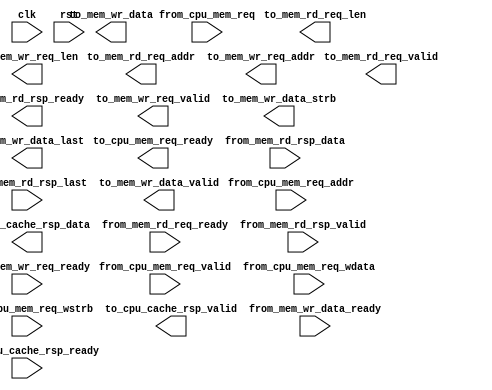
`timescale 10ns / 1ns

`define CACHE_SET	8
`define CACHE_WAY	4
`define TAG_LEN		24
`define LINE_LEN	256

module dcache_top (
	input	      clk,
	input	      rst,
  
	//CPU interface
	/** CPU memory/IO access request to Cache: valid signal */
	input         from_cpu_mem_req_valid,
	/** CPU memory/IO access request to Cache: 0 for read; 1 for write (when req_valid is high) */
	input         from_cpu_mem_req,
	/** CPU memory/IO access request to Cache: address (4 byte alignment) */
	input  [31:0] from_cpu_mem_req_addr,
	/** CPU memory/IO access request to Cache: 32-bit write data */
	input  [31:0] from_cpu_mem_req_wdata,
	/** CPU memory/IO access request to Cache: 4-bit write strobe */
	input  [ 3:0] from_cpu_mem_req_wstrb,
	/** Acknowledgement from Cache: ready to receive CPU memory access request */
	output        to_cpu_mem_req_ready,
		
	/** Cache responses to CPU: valid signal */
	output        to_cpu_cache_rsp_valid,
	/** Cache responses to CPU: 32-bit read data */
	output [31:0] to_cpu_cache_rsp_data,
	/** Acknowledgement from CPU: Ready to receive read data */
	input         from_cpu_cache_rsp_ready,
		
	//Memory/IO read interface
	/** Cache sending memory/IO read request: valid signal */
	output        to_mem_rd_req_valid,
	/** Cache sending memory read request: address
	  * 4 byte alignment for I/O read 
	  * 32 byte alignment for cache read miss */
	output [31:0] to_mem_rd_req_addr,
        /** Cache sending memory read request: burst length
	  * 0 for I/O read (read only one data beat)
	  * 7 for cache read miss (read eight data beats) */
	output [ 7:0] to_mem_rd_req_len,
        /** Acknowledgement from memory: ready to receive memory read request */
	input	      from_mem_rd_req_ready,

	/** Memory return read data: valid signal of one data beat */
	input	      from_mem_rd_rsp_valid,
	/** Memory return read data: 32-bit one data beat */
	input  [31:0] from_mem_rd_rsp_data,
	/** Memory return read data: if current data beat is the last in this burst data transmission */
	input	      from_mem_rd_rsp_last,
	/** Acknowledgement from cache: ready to receive current data beat */
	output        to_mem_rd_rsp_ready,

	//Memory/IO write interface
	/** Cache sending memory/IO write request: valid signal */
	output        to_mem_wr_req_valid,
	/** Cache sending memory write request: address
	  * 4 byte alignment for I/O write 
	  * 4 byte alignment for cache write miss
          * 32 byte alignment for cache write-back */
	output [31:0] to_mem_wr_req_addr,
        /** Cache sending memory write request: burst length
          * 0 for I/O write (write only one data beat)
          * 0 for cache write miss (write only one data beat)
          * 7 for cache write-back (write eight data beats) */
	output [ 7:0] to_mem_wr_req_len,
        /** Acknowledgement from memory: ready to receive memory write request */
	input         from_mem_wr_req_ready,

	/** Cache sending memory/IO write data: valid signal for current data beat */
	output        to_mem_wr_data_valid,
	/** Cache sending memory/IO write data: current data beat */
	output [31:0] to_mem_wr_data,
	/** Cache sending memory/IO write data: write strobe
	  * 4'b1111 for cache write-back 
	  * other values for I/O write and cache write miss according to the original CPU request*/ 
	output [ 3:0] to_mem_wr_data_strb,
	/** Cache sending memory/IO write data: if current data beat is the last in this burst data transmission */
	output        to_mem_wr_data_last,
	/** Acknowledgement from memory/IO: ready to receive current data beat */
	input	      from_mem_wr_data_ready
);

  //TODO: Please add your D-Cache code here

endmodule